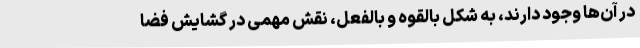
در آن‌ها وجود دارند، به شکل بالقوه و بالفعل، نقش مهمی در گشایش فضا